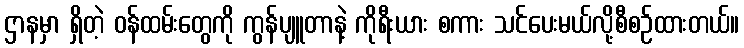
ဌာနမှာ ရှိတဲ့ ဝန်ထမ်းတွေကို ကွန်ပျူတာနဲ့ ကိုရီးယား စကား သင်ပေးမယ်လို့စီစဉ်ထားတယ်။